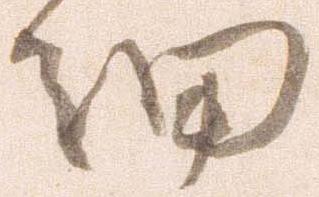
細